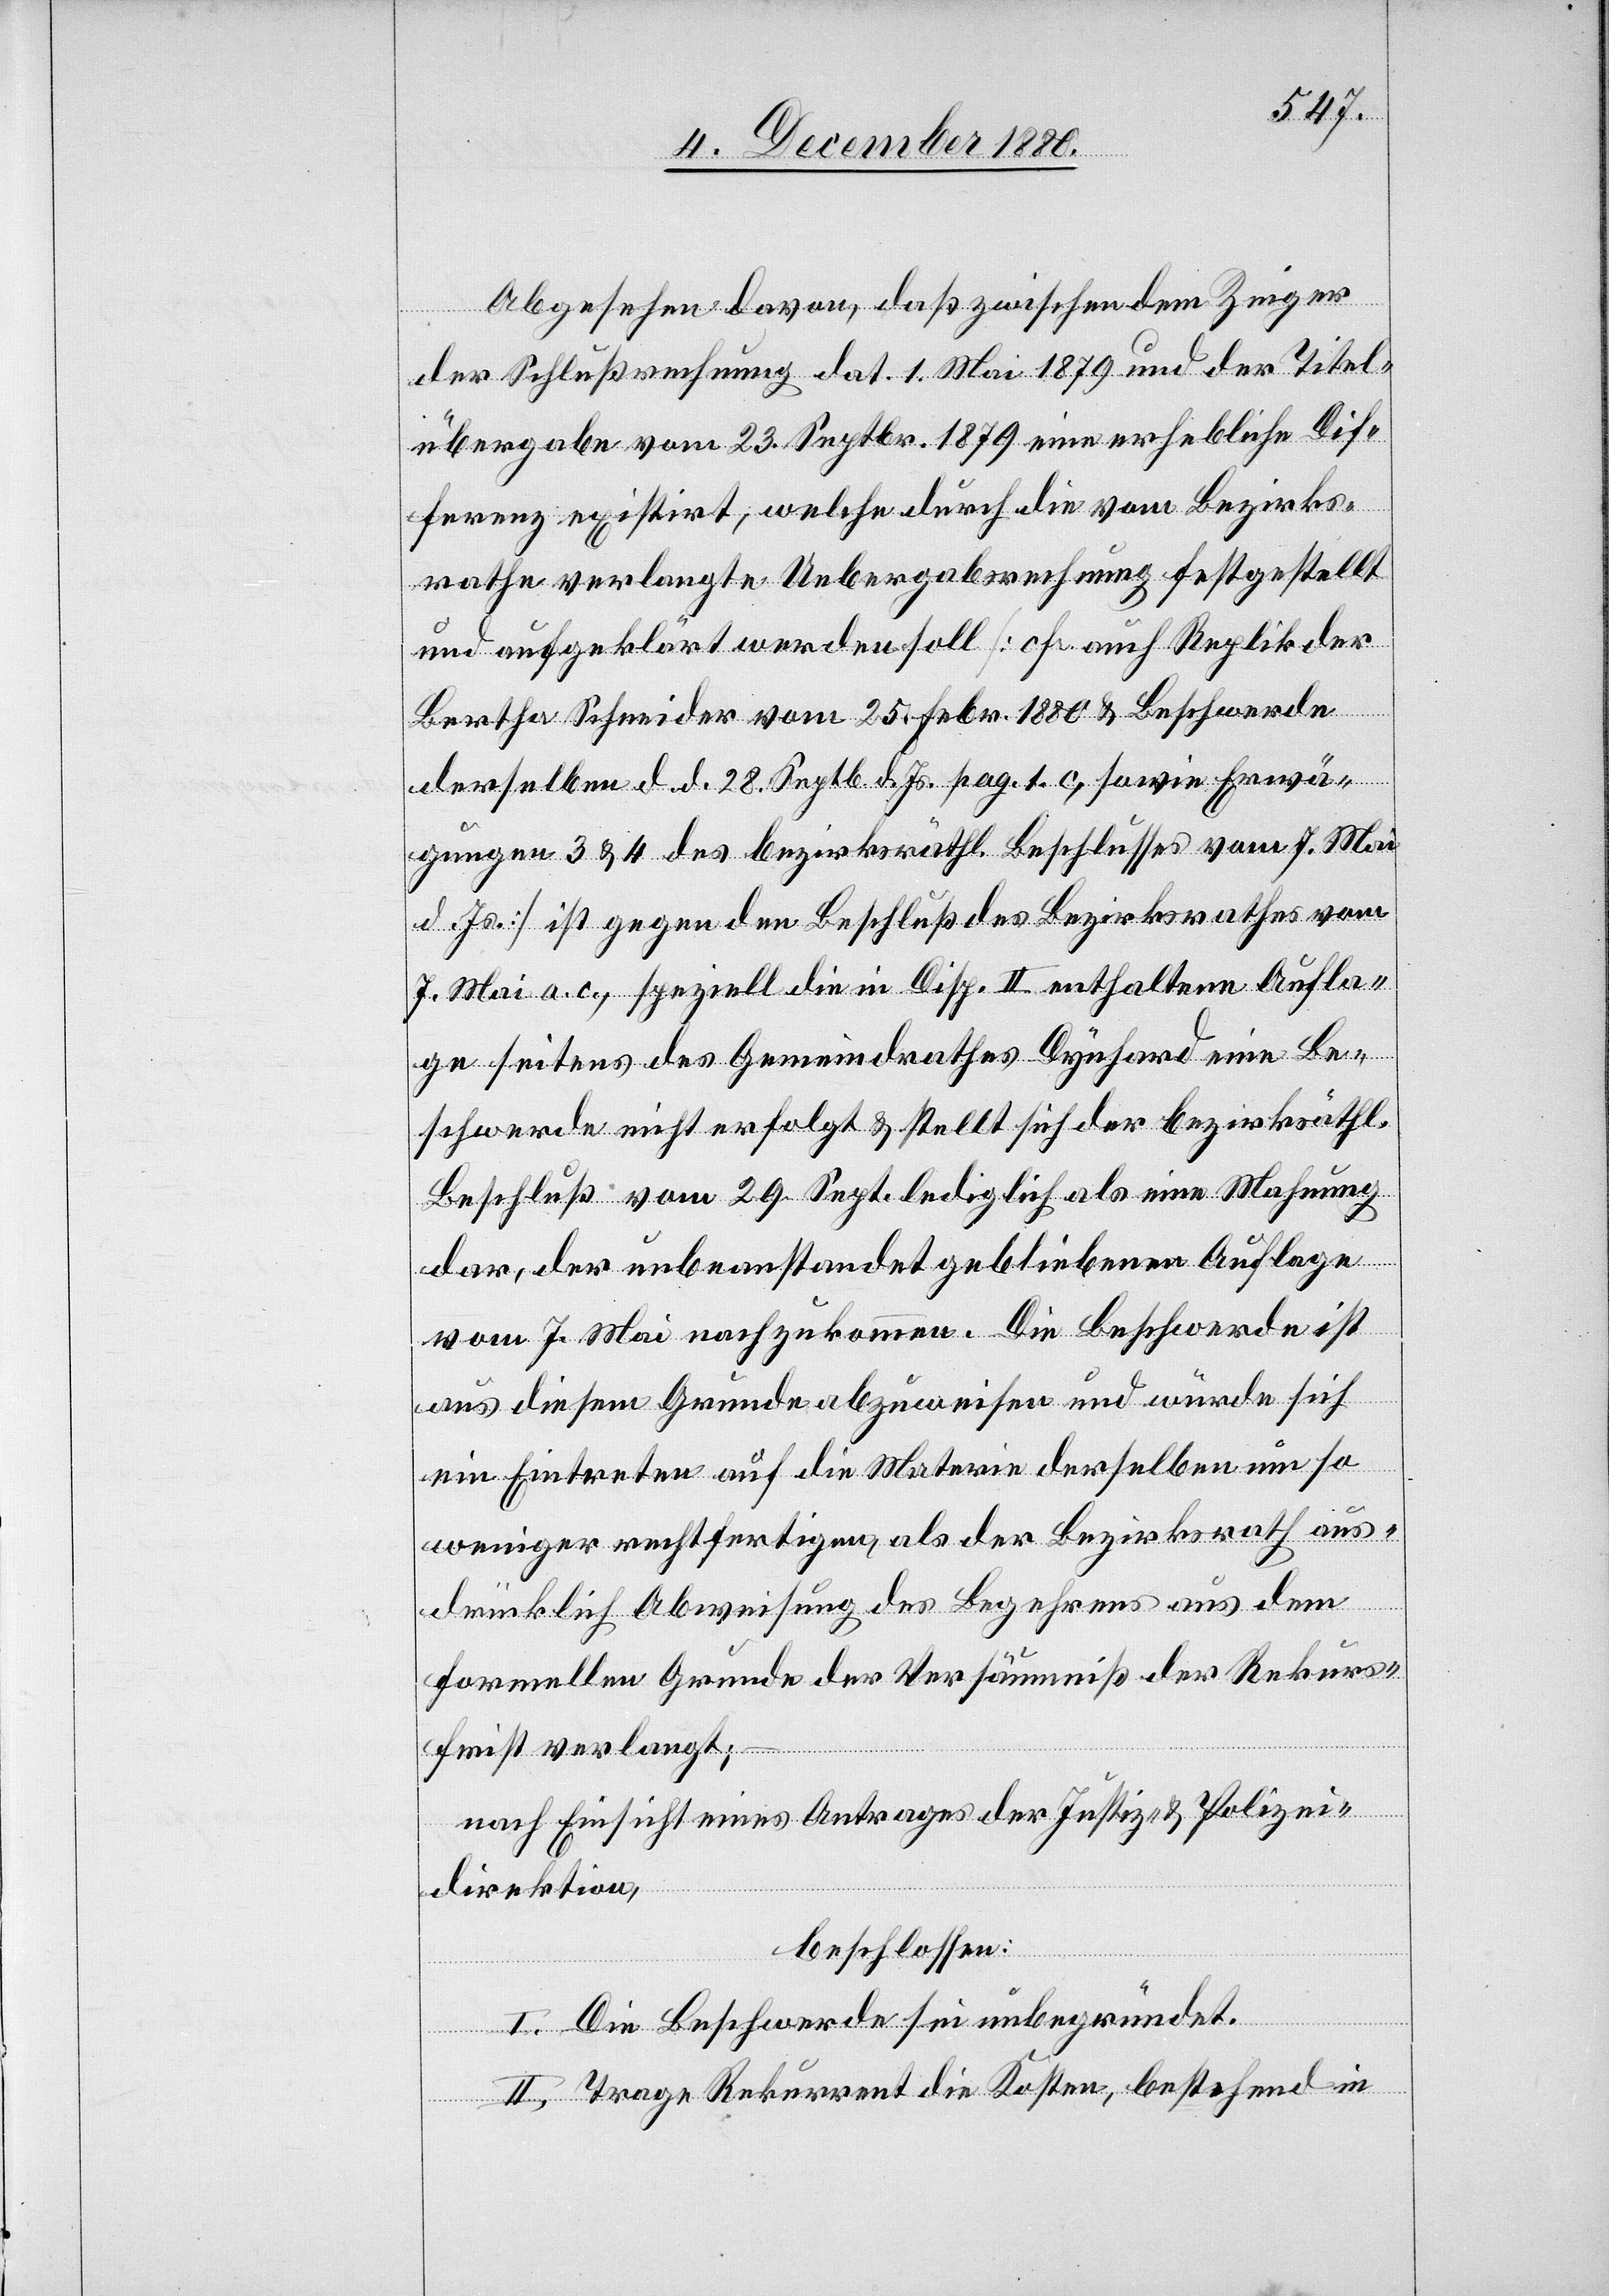
Abgesehen davon, daß zwischen dem Zeiger
der Schlußrechnung dat. 1. Mai 1879 und der Titel¬
übergabe vom 23. Septbr. 1879 eine erhebliche Dif¬
ferenz existirt, welche durch die vom Bezirks¬
rathe verlangte Uebergabsrechnung festgestellt
und aufgeklärt werden soll [cf. auch Replik der
Bertha Schneider vom 25. Febr. 1880 & Beschwerde
derselben d. d. 28. Septb. d. Js. pag. 1. c, sowie Erwä¬
gungen 3 & 4 des bezirksräthl. Beschlusses vom 7. Mai
d. Js.] ist gegen den Beschluß des Bezirksrathes vom
7. Mai a. c., speziell die in Disp. II enthaltene Aufla¬
ge seitens des Gemeindrathes Dynhard eine Be¬
schwerde nicht erfolgt & stellt sich der bezirksräthl.
Beschluß vom 29. Sept. lediglich als eine Mahnung
dar, der unbeanstandet gebliebenen Auflage
vom 7. Mai nachzukommen. Die Beschwerde ist
aus diesem Grunde abzuweisen und würde sich
ein Eintreten auf die Materie derselben um so
weniger rechtfertigen, als der Bezirksrath aus¬
drücklich Abweisung des Begehrens aus dem
formellen Grunde der Versäumniß der Rekurs¬
frist verlangt; –
nach Einsicht eines Antrages der Justiz- & Polizei¬
direktion,
beschlossen:
I. Die Beschwerde sei unbegründet.
II. Trage Rekurrent die Kosten, bestehend in